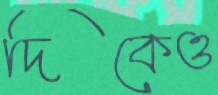
দিকেও